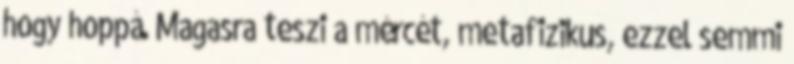
hogy hoppá. Magasra teszi a mércét, metafizikus, ezzel semmi